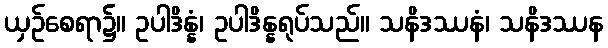
ယှဉ်စေရာ၌။ ဥပါဒိန္နံ၊ ဥပါဒိန္နရုပ်သည်။ သနိဒဿနံ၊ သနိဒဿန